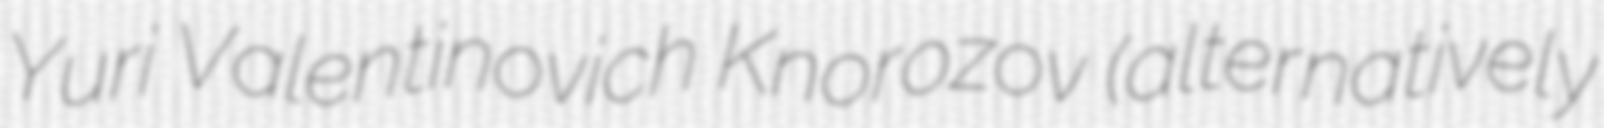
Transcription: Yuri Valentinovich Knorozov (alternatively